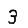
Digit: 3